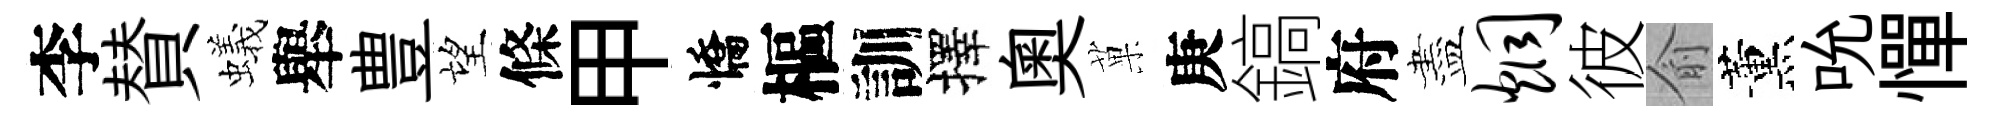
李賛蟻舉豊望條甲憍樞訓擇奧菓庚鎬府盡炯彼俞薰吮憚